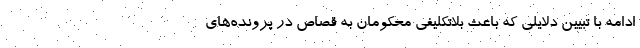
ادامه با تبیین دلایلی که باعث بلاتکلیفی محکومان به قصاص در پرونده‌های